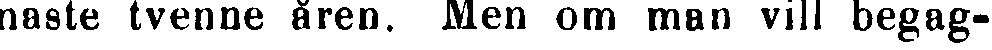
naste tvenne åren. Men om man vill begag-